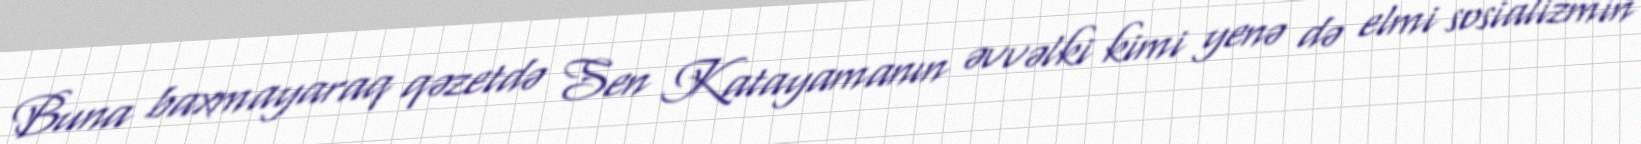
Buna baxmayaraq qəzetdə Sen Katayamanın əvvəlki kimi yenə də elmi sosializmin